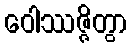
ဝေါဿဇ္ဇိတွာ